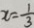
x = \frac { 1 } { 3 }